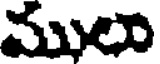
ములా